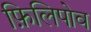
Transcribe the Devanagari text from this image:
फ़िलिपोव